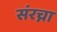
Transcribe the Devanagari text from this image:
संरच्ना